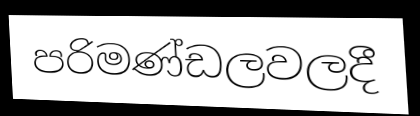
පරිමණ්ඩලවලදී